Report of the Indian Hemp Drugs Commission, 1894-1895 - Volume V
Year: 1894
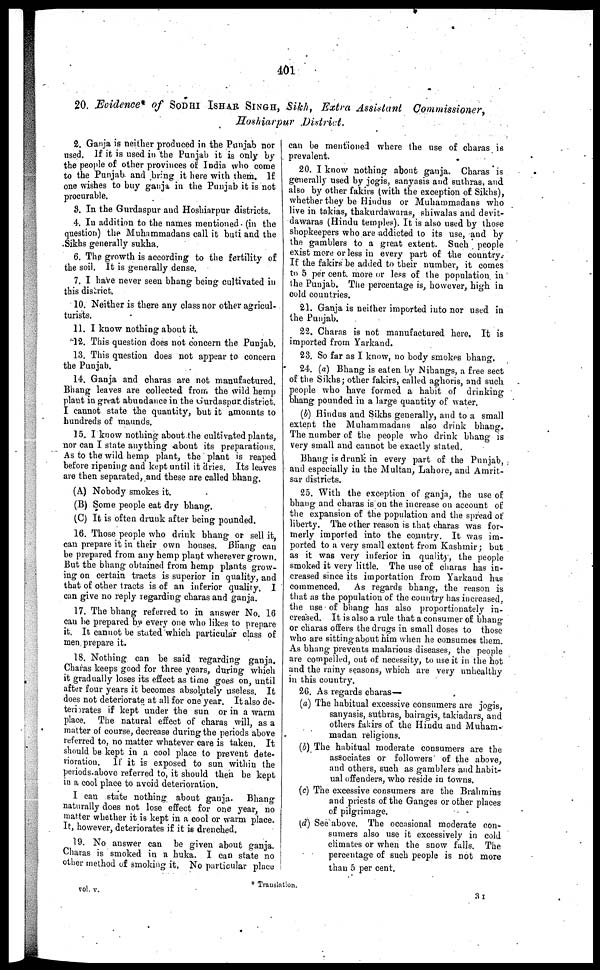
401
20. Evidence* of SODHI ISHAR SINGH, Sikh, Extra Assistant Commissioner,
Hoshiarpur
District.
2. Ganja is neither produced in the Punjab nor
used. If it is used in the Punjab it is only by
the people of other provinces of India who come
to the Punjab and bring it here with them. If
one wishes to buy ganja in the Punjab it is not
procurable.
3. In the Gurdaspur and Hoshiarpur districts.
4. In addition to the names mentioned (in the
question) the Muhammadans call it buti and the
Sikhs generally sukha.
6. The growth is according to the fertility of
the soil. It is generally dense.
7. I have never seen bhang being cultivated in
this district.
10. Neither is there any class nor other agricul-
turists.
11. I know nothing about it.
12. This question does not concern the Punjab.
13. This question does not appear to concern
the Punjab.
14. Ganja and charas are not manufactured.
Bhang leaves are collected from the wild hemp
plant in great abundance in the Gurdaspur district.
I cannot state the quantity, but it amounts to
hundreds of maunds.
15. I know nothing about the cultivated plants,
nor can I state anything about its preparations.
As to the wild hemp plant, the plant is reaped
before ripening and kept until it dries. Its leaves
are then separated, and these are called bhang.
(A) Nobody smokes it.
(B) Some people eat dry bhang.
(C) It is often drunk after being pounded.
16. Those people who drink bhang or sell it,
can prepare it in their own houses. Bhang can
be prepared from any hemp plant wherever grown.
But the bhang obtained from hemp plants grow-
ing on certain tracts is superior in quality, and
that of other tracts is of an inferior quality. I
can give no reply regarding charas and ganja.
17. The bhang referred to in answer No. 16
can be prepared by every one who likes to prepare
it. It cannot be stated which particular class of
men prepare it.
18. Nothing can be said regarding ganja.
Charas keeps good for three years, during which
it gradually loses its effect as time goes on, until
after four years it becomes absolutely useless. It
does not deteriorate at all for one year. It also de-
teriorates if kept under the sun or in a warm
place. The natural effect of charas will, as a
matter of course, decrease during the periods above
referred to, no matter whatever care is taken. It
should be kept in a cool place to prevent dete-
rioration.
If it is exposed to sun within the
periods above referred to, it should then be kept
in a cool place to avoid deterioration.
I can state nothing about ganja.
Bhang
naturally does not lose effect for one year, no
matter whether it is kept in a cool or warm place.
It, however, deteriorates if it is drenched.
19. No answer can be given about ganja.
Charas is smoked in a huka. I can state no
other method of smoking it. No particular place
can be mentioned where the use of charas is
prevalent.
20. I know nothing about ganja. Charas is
generally used by jogis, sanyasis and suthras, and
also by other fakirs (with the exception of Sikhs),
whether they be Hindus or Muhammadans who
live in takias, thakurdawaras, shiwalas and devit-
dawaras (Hindu temples). It is also used by those
shopkeepers who are addicted to its use, and by
the gamblers to a great extent. Such people
exist more or less in every part of the country.
If the fakirs be added to their number, it comes
to 5 per cent. more or less of the population in
the Punjab. The percentage is, however, high in
cold countries.
21. Ganja is neither imported into nor used in
the Punjab.
22. Charas is not manufactured here. It is
imported from Yarkand.
23. So far as I know, no body smokes bhang.
24. (a) Bhang is eaten by Nihangs, a free sect
of the Sikhs; other fakirs, called aghoris, and such
people who have formed a habit of drinking
bhang pounded in a large quantity of water.
(b) Hindus and Sikhs generally, and to a small
extent the Muhammadans also drink bhang.
The number of the people who drink bhang is
very small and cannot be exactly stated.
Bhang is drunk in every part of the Punjab,
and especially in the Multan, Lahore, and Amrit-
sar districts.
25. With the exception of ganja, the use of
bhang and charas is on the increase on account of
the expansion of the population and the spread of
liberty. The other reason is that charas was for-
merly imported into the country. It was im-
ported to a very small extent from Kashmir; but
as it was very inferior in quality, the people
smoked it very little. The use of charas has in-
creased since its importation from Yarkand has
commenced.
As regards bhang, the reason is
that as the population of the country has increased,
the use of bhang has also proportionately in-
creased. It is also a rule that a consumer of bhang
or charas offers the drugs in small doses to those
who are sitting about him when he consumes them.
As bhang prevents malarious diseases, the people
are compelled, out of necessity, to use it in the hot
i and the rainy seasons, which are very unhealthy
in this country.
2G. As regards charas—
(a) The habitual excessive consumers are jogis,
sanyasis, suthras, bairagis, takiadars, and
others fakirs of the Hindu and Muham-
madan religions.
(b) The habitual moderate consumers are the
associates or followers of the above,
and others, such as gamblers and habit-
ual offenders, who reside in towns.
(c) The excessive consumers are the Brahmins
and priests of the Ganges or other places
of pilgrimage.
(d) See above. The occasional moderate con-
sumers also use it excessively in cold
climates or when the snow falls. The
percentage of such people is not more
than 5 per cent.
vol.v
*Translation.
3 I